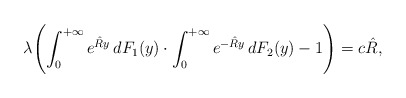
\begin{align*} \lambda \Biggl(\int_0^{+\infty}e^{\hat Ry}\, dF_1(y) \cdot\int_0^{+\infty}e^{-\hat Ry}\, dF_2(y) -1 \Biggr)=c\hat R,\end{align*}